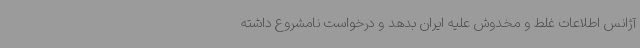
آژانس اطلاعات غلط و مخدوش علیه ایران بدهد و درخواست نامشروع داشته